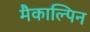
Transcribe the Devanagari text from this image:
मैकाल्पिन